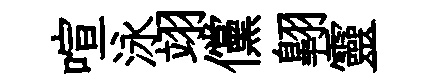
喧泳翊儻翺靈